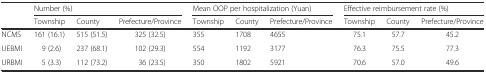
<table><thead><tr><td rowspan="2"></td><td colspan="3"><b>Number (%)</b></td><td colspan="3"><b>Mean OOP per hospitalization (Yuan)</b></td><td colspan="3"><b>Effective reimbursement rate (%)</b></td></tr><tr><td><b>Township</b></td><td><b>County</b></td><td><b>Prefecture/Province</b></td><td><b>Township</b></td><td><b>County</b></td><td><b>Prefecture/Province</b></td><td><b>Township</b></td><td><b>County</b></td><td><b>Prefecture/Province</b></td></tr></thead><tbody><tr><td>NCMS</td><td>161 (16.1)</td><td>515 (51.5)</td><td>325 (32.5)</td><td>355</td><td>1708</td><td>4655</td><td>75.1</td><td>57.7</td><td>45.2</td></tr><tr><td>UEBMI</td><td>9 (2.6)</td><td>237 (68.1)</td><td>102 (29.3)</td><td>554</td><td>1192</td><td>3177</td><td>76.3</td><td>75.5</td><td>77.3</td></tr><tr><td>URBMI</td><td>5 (3.3)</td><td>112 (73.2)</td><td>36 (23.5)</td><td>350</td><td>1802</td><td>5921</td><td>70.6</td><td>57.0</td><td>49.6</td></tr></tbody></table>